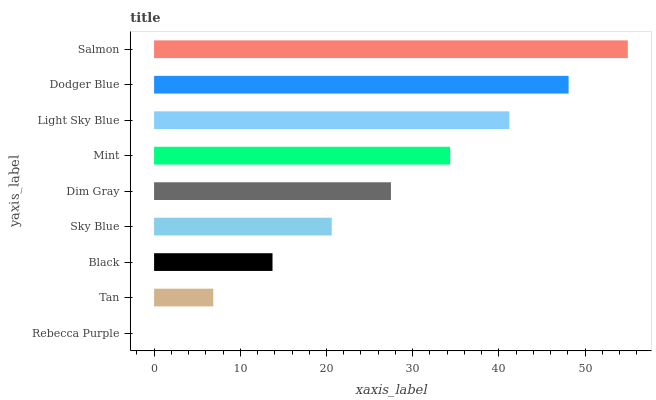
| yaxis_label | bars |
 | --- | --- |
 | Rebecca Purple | 0 |
 | Tan | 6.87 |
 | Black | 13.7 |
 | Sky Blue | 20.6 |
 | Dim Gray | 27.5 |
 | Mint | 34.3 |
 | Light Sky Blue | 41.2 |
 | Dodger Blue | 48.1 |
 | Salmon | 55 |